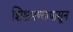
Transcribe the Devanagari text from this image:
शिश्नमण्यापासून